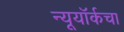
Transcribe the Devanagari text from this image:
न्यूयॉर्कचा